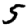
Digit: 5